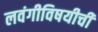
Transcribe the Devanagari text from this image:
लवंगीविषयीची